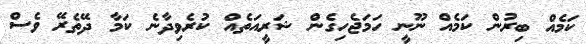
ކަމެއް ބިރުން ކަމެއް ނޫނީ ހަމަޖެހިގެން ޝަރީއަތެއް ކުރެވިދާނެ ކަމާ ދޭތެރޭ ވެސް